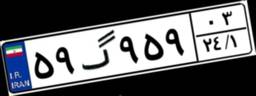
۵۹گ۹۵۹۰۳